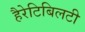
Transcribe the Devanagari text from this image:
हैरेटिबिलटी